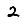
Digit: 2